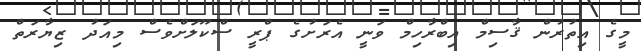
މީގެ އިތުރުން ޤާސިމް އިބްރާހިމް ވަނީ އެރަށުގެ ޕްރީ ސްކޫލަށްވެސް މިއަދު ޒިޔާރަތް